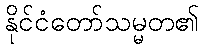
နိုင်ငံတော်သမ္မတ၏